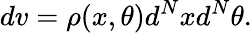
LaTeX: dv=\rho(x,\theta)d^{N}xd^{N}\theta.